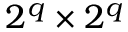
2 ^ { q } \times 2 ^ { q }